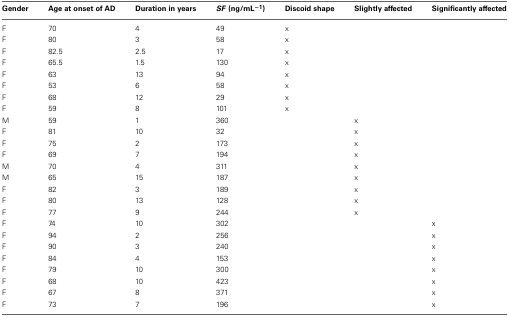
<table><thead><tr><td><b>Gender</b></td><td><b>Age at onset of AD</b></td><td><b>Duration in years</b></td><td><b><i>SF</i> (ng/mL<sup>−1</sup>)</b></td><td><b>Discoid shape</b></td><td><b>Slightly affected</b></td><td><b>Significantly affected</b></td></tr></thead><tbody><tr><td>F</td><td>70</td><td>4</td><td>49</td><td>x</td><td></td><td></td></tr><tr><td>F</td><td>80</td><td>3</td><td>58</td><td>x</td><td></td><td></td></tr><tr><td>F</td><td>82.5</td><td>2.5</td><td>17</td><td>x</td><td></td><td></td></tr><tr><td>F</td><td>65.5</td><td>1.5</td><td>130</td><td>x</td><td></td><td></td></tr><tr><td>F</td><td>63</td><td>13</td><td>94</td><td>x</td><td></td><td></td></tr><tr><td>F</td><td>53</td><td>6</td><td>58</td><td>x</td><td></td><td></td></tr><tr><td>F</td><td>68</td><td>12</td><td>29</td><td>x</td><td></td><td></td></tr><tr><td>F</td><td>59</td><td>8</td><td>101</td><td>x</td><td></td><td></td></tr><tr><td>M</td><td>59</td><td>1</td><td>360</td><td></td><td>x</td><td></td></tr><tr><td>F</td><td>81</td><td>10</td><td>32</td><td></td><td>x</td><td></td></tr><tr><td>F</td><td>75</td><td>2</td><td>173</td><td></td><td>x</td><td></td></tr><tr><td>F</td><td>69</td><td>7</td><td>194</td><td></td><td>x</td><td></td></tr><tr><td>M</td><td>70</td><td>4</td><td>311</td><td></td><td>x</td><td></td></tr><tr><td>M</td><td>65</td><td>15</td><td>187</td><td></td><td>x</td><td></td></tr><tr><td>F</td><td>82</td><td>3</td><td>189</td><td></td><td>x</td><td></td></tr><tr><td>F</td><td>80</td><td>13</td><td>128</td><td></td><td>x</td><td></td></tr><tr><td>F</td><td>77</td><td>9</td><td>244</td><td></td><td>x</td><td></td></tr><tr><td>F</td><td>74</td><td>10</td><td>302</td><td></td><td></td><td>x</td></tr><tr><td>F</td><td>94</td><td>2</td><td>256</td><td></td><td></td><td>x</td></tr><tr><td>F</td><td>90</td><td>3</td><td>240</td><td></td><td></td><td>x</td></tr><tr><td>F</td><td>84</td><td>4</td><td>153</td><td></td><td></td><td>x</td></tr><tr><td>F</td><td>79</td><td>10</td><td>300</td><td></td><td></td><td>x</td></tr><tr><td>F</td><td>68</td><td>10</td><td>423</td><td></td><td></td><td>x</td></tr><tr><td>F</td><td>67</td><td>8</td><td>371</td><td></td><td></td><td>x</td></tr><tr><td>F</td><td>73</td><td>7</td><td>196</td><td></td><td></td><td>x</td></tr></tbody></table>